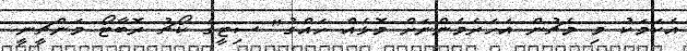
އެކަމަކު މި މެޗުން އަހަރެމެންނަށް މޮޅެއް ހައްގު" ސިޓީގެ ކޯޗު ރޮބާޓޯ މަންޗީނީ